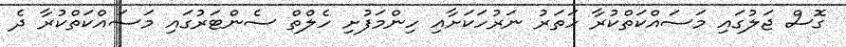
ގޮސް ޖަލުގައި މަސައްކަތްކުރާ ހަތަރު ނަރުހަކަށާއި ހިންމަފުށި ހެލްތް ސެންޓަރުގައި މަސައްކަތްކުރާ ދެ